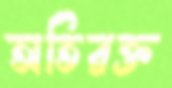
অতিরক্ত